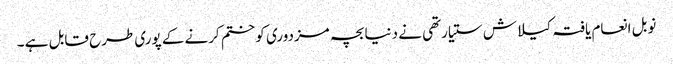
نوبل انعام یافتہ کیلاش ستیارتھی نے دنیا بچہ مزدوری کو ختم کرنے کے پوری طرح قابل ہے ۔